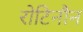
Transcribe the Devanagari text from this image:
रोटिनौन